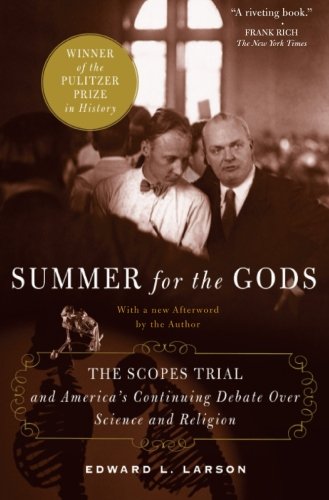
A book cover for Summer for the Gods: The Scopes Trial and America's Continuing Debate Over Science and Religion; Edward J. Larson; Law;